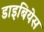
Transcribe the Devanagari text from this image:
डाइबियेस